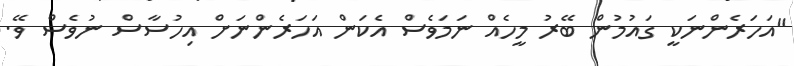
"އަހަރެންނަކީ ގައުމުން ބޭރު މީހެއް ނަމަވެސް އެކަން އަހަރެންނަށް އިހުސާސް ނުވެސް ވޭ.